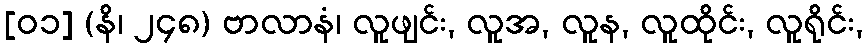
[၀၁] (နိ၊ ၂၄၈) ဗာလာနံ၊ လူဖျင်း, လူအ, လူန, လူထိုင်း, လူရိုင်း,